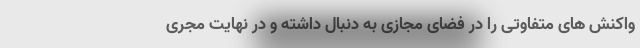
واکنش های متفاوتی را در فضای مجازی به دنبال داشته و در نهایت مجری